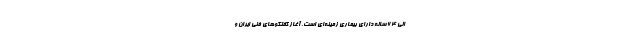
الی 64 سالهٔ دارای بیماری زمینه‌ای است. آغاز گفتگوهای فنی ایران و